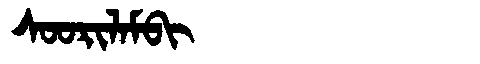
Manchu: ᠰᠣᠣᡵᡳᠯᠠᠮᠪᡳ
Romanization: SOORILAMBI